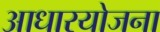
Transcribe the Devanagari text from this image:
आधारयोजना